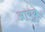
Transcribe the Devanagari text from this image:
आयूब